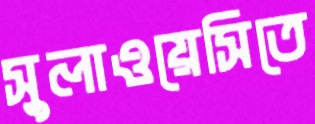
সুলাওয়েসিতে